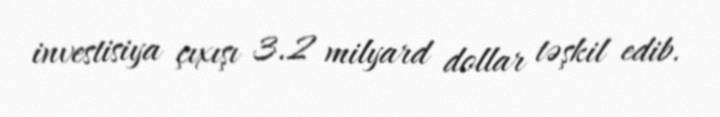
investisiya çıxışı 3.2 milyard dollar təşkil edib.